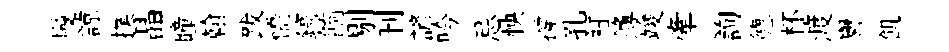
幔諒撲晶瞳翰跋憍鎬餉剔刊諺吟忌怏撐孔衽簿竣牽詢德杯渡譽飢